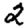
Digit: 2